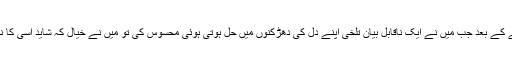
اس کے جانے کے بعد جب میں نے ایک ناقابل بیان تلخی اپنے دل کی دھڑکنوں میں حل ہوتی ہوئی محسوس کی تو میں نے خیال کہ شاید اسی کا نام محبت ہے۔